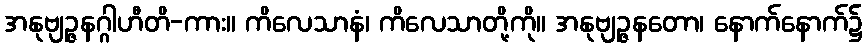
အနုဗျဉ္ဇနဂ္ဂါဟီတိ-ကား။ ကိလေသာနံ၊ ကိလေသာတို့ကို။ အနုဗျဉ္ဇနတော၊ နောက်နောက်၌